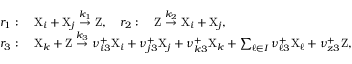
\begin{array} { r l } & { r _ { 1 } : \quad \mathrm { X } _ { i } + \mathrm { X } _ { j } \stackrel { k _ { 1 } } { \rightarrow } \mathrm { Z } , \quad r _ { 2 } : \quad \mathrm { Z } \stackrel { k _ { 2 } } { \rightarrow } \mathrm { X } _ { i } + \mathrm { X } _ { j } , } \\ & { r _ { 3 } : \quad \mathrm { X } _ { k } + \mathrm { Z } \stackrel { k _ { 3 } } { \rightarrow } \nu _ { i 3 } ^ { + } \mathrm { X } _ { i } + \nu _ { j 3 } ^ { + } \mathrm { X } _ { j } + \nu _ { k 3 } ^ { + } \mathrm { X } _ { k } + \sum _ { \ell \in I } \nu _ { \ell 3 } ^ { + } \mathrm { X } _ { \ell } + \nu _ { z 3 } ^ { + } \mathrm { Z } , } \end{array}